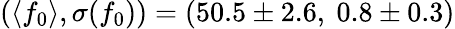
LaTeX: (\langle f_{0}\rangle,\sigma(f_{0}))=(50.5\pm 2.6,\ 0.8\pm 0.3)